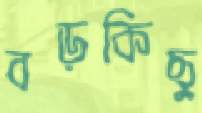
বড়কিছু